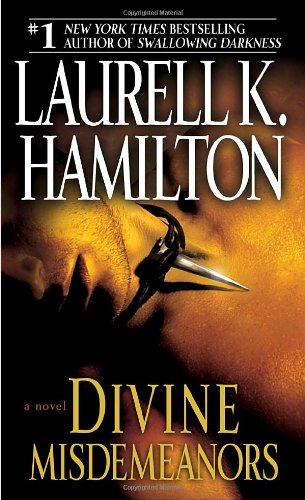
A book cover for Divine Misdemeanors: A Novel (Merry Gentry); Laurell K. Hamilton; Literature & Fiction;